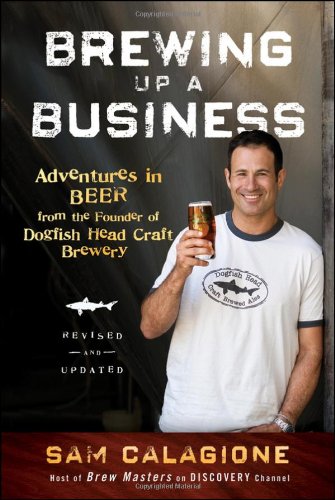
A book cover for Brewing Up a Business: Adventures in Beer from the Founder of Dogfish Head Craft Brewery; Sam Calagione; Cookbooks, Food & Wine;